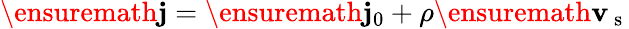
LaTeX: \ensuremath{\mathbf{j}}=\ensuremath{\mathbf{j}_{0}}+\rho\ensuremath{\mathbf{v}_{\mathrm{~s~}}}